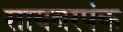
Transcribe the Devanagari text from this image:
सायबरपंक